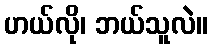
ဟယ်လို၊ ဘယ်သူလဲ။